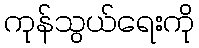
ကုန်သွယ်ရေးကို